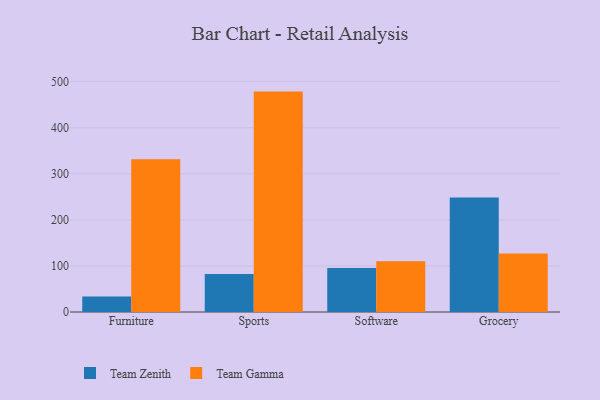
{"axis": {"x": "Category", "y": "Temperature (°C)"}, "legend": ["Team Gamma", "Team Zenith"], "data": [{"x": "Furniture", "y": 33.4, "type": "Team Zenith"}, {"x": "Furniture", "y": 331.7, "type": "Team Gamma"}, {"x": "Sports", "y": 82.7, "type": "Team Zenith"}, {"x": "Sports", "y": 478.5, "type": "Team Gamma"}, {"x": "Software", "y": 95.4, "type": "Team Zenith"}, {"x": "Software", "y": 110.4, "type": "Team Gamma"}, {"x": "Grocery", "y": 248.8, "type": "Team Zenith"}, {"x": "Grocery", "y": 126.9, "type": "Team Gamma"}]}